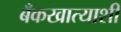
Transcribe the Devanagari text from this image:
बँकखात्याशी